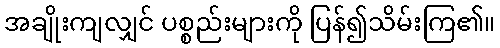
အချိုးကျလျှင် ပစ္စည်းများကို ပြန်၍သိမ်းကြ၏။